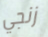
زنجي